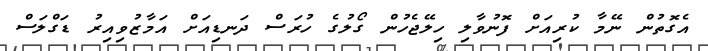
އެގޮތުން ނޭމާ ކުރިއަށް ފޮނުވާލި ހިލޭޖެހުން ގޯލުގެ ހުރަސް ދަނޑިއަށް އަމާޒުވިއިރު ޑަގްލަސް